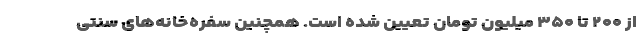
از ۲۰۰ تا ۳۵۰ میلیون تومان تعیین شده است. همچنین سفره‌خانه‌های سنتی